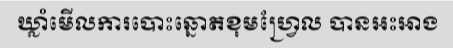
ឃ្លាំមើលការបោះឆ្នោតខុមហ្វ្រែល បានអះអាង